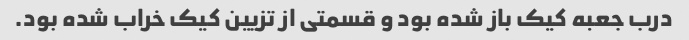
درب جعبه کیک باز شده بود و قسمتی از تزیین کیک خراب شده بود.